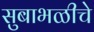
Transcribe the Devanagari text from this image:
सुबाभळीचे